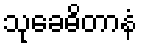
သုခေဓိတာနံ